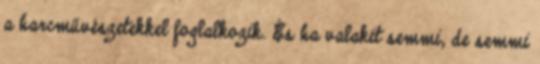
a harcművészetekkel foglalkozik. És ha valakit semmi, de semmi